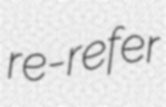
re-refer